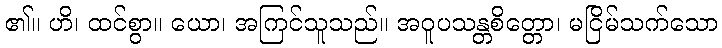
၏။ ဟိ၊ ထင်စွာ။ ယော၊ အကြင်သူသည်။ အဝူပသန္တစိတ္တော၊ မငြိမ်သက်သော